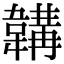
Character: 韝